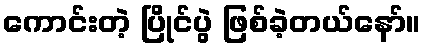
ကောင်းတဲ့ ပြိုင်ပွဲ ဖြစ်ခဲ့တယ်နော်။